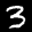
Label: 3